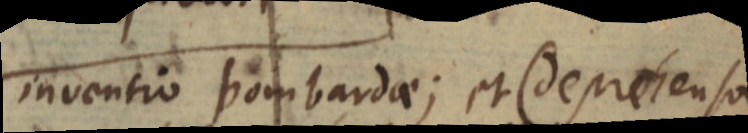
inventio bombardae; et (deprehensa